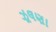
ઝૂલણા